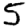
Digit: 5